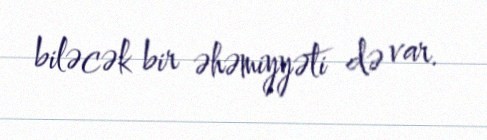
biləcək bir əhəmiyyəti də var.